Lunatic asylums Madras 1892-1911 - 1892-1911
Year: 1892
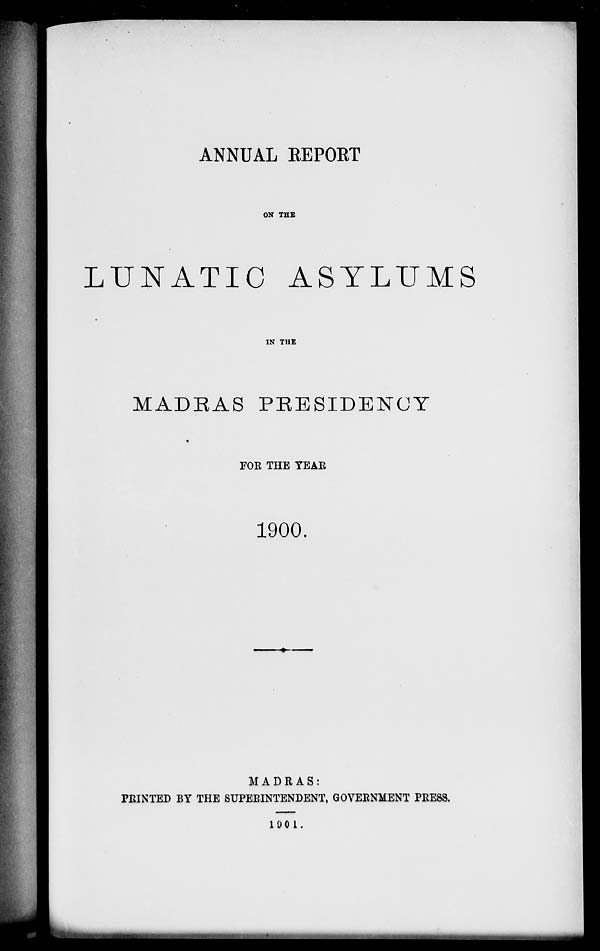
ANNUAL EEPORT
ON THS
LUNATIC ASYLUMS
IN THE
MADRAS PRESIDENCY
FOE THE YEAE
1900.
MADRAS:
PEINTED BY THE SUPEEINTENDENT, GOVEENMENT PEESS.
1001.